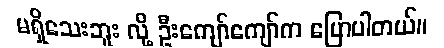
မရှိသေးဘူး လို့ ဦးကျော်ကျော်က ပြောပါတယ်။